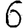
Digit: 6